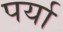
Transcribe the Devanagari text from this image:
पर्या